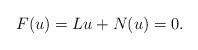
LaTeX: \begin{align*}F(u) = Lu+N(u) = 0.\end{align*}